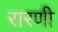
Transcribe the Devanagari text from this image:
रारणी